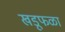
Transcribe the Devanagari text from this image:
खडूफळा